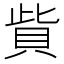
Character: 貲